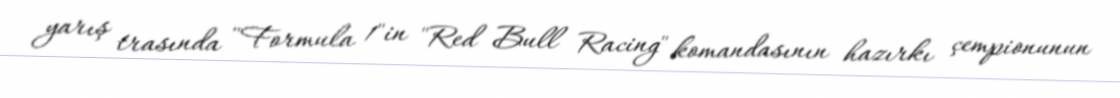
yarış trasında "Formula 1"in "Red Bull Racing" komandasının hazırkı çempionunun